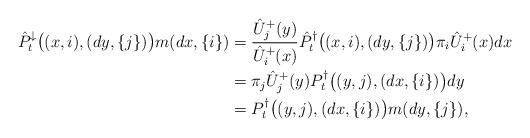
LaTeX: \begin{align*} \hat P^\downarrow_t\big((x,i),(dy,\{j\})\big)m(dx,\{i\})&= \frac{\hat U^+_j(y)}{\hat U^+_i(x)}\hat P^\dag_t\big((x,i),(dy,\{j\})\big) \pi_i\hat U^+_i(x) dx\\&=\pi_j \hat U^+_j(y)P^\dag_t\big((y,j),(dx,\{i\})\big) dy \\&= P^\dag_t\big((y,j),(dx,\{i\})\big) m(dy,\{j\}),\end{align*}